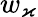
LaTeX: w_{\varkappa}